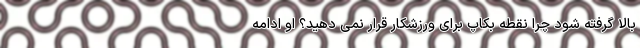
بالا گرفته شود چرا نقطه بکاپ برای ورزشکار قرار نمی دهید؟ او ادامه